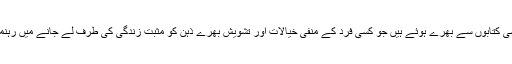
کتب خانے ایسی کتابوں سے بھرے ہوئے ہیں جو کسی فرد کے منفی خیالات اور تشویش بھرے ذہن کو مثبت زندگی کی طرف لے جانے میں رہنمائی کرتی ہیں۔